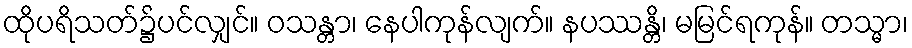
ထိုပရိသတ်၌ပင်လျှင်။ ဝသန္တာ၊ နေပါကုန်လျက်။ နပဿန္တိ၊ မမြင်ရကုန်။ တသ္မာ၊